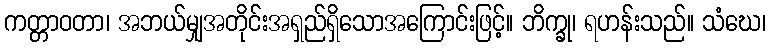
ကတ္တာဝတာ၊ အဘယ်မျှအတိုင်းအရှည်ရှိသောအကြောင်းဖြင့်။ ဘိက္ခု၊ ရဟန်းသည်။ သံဃေ၊